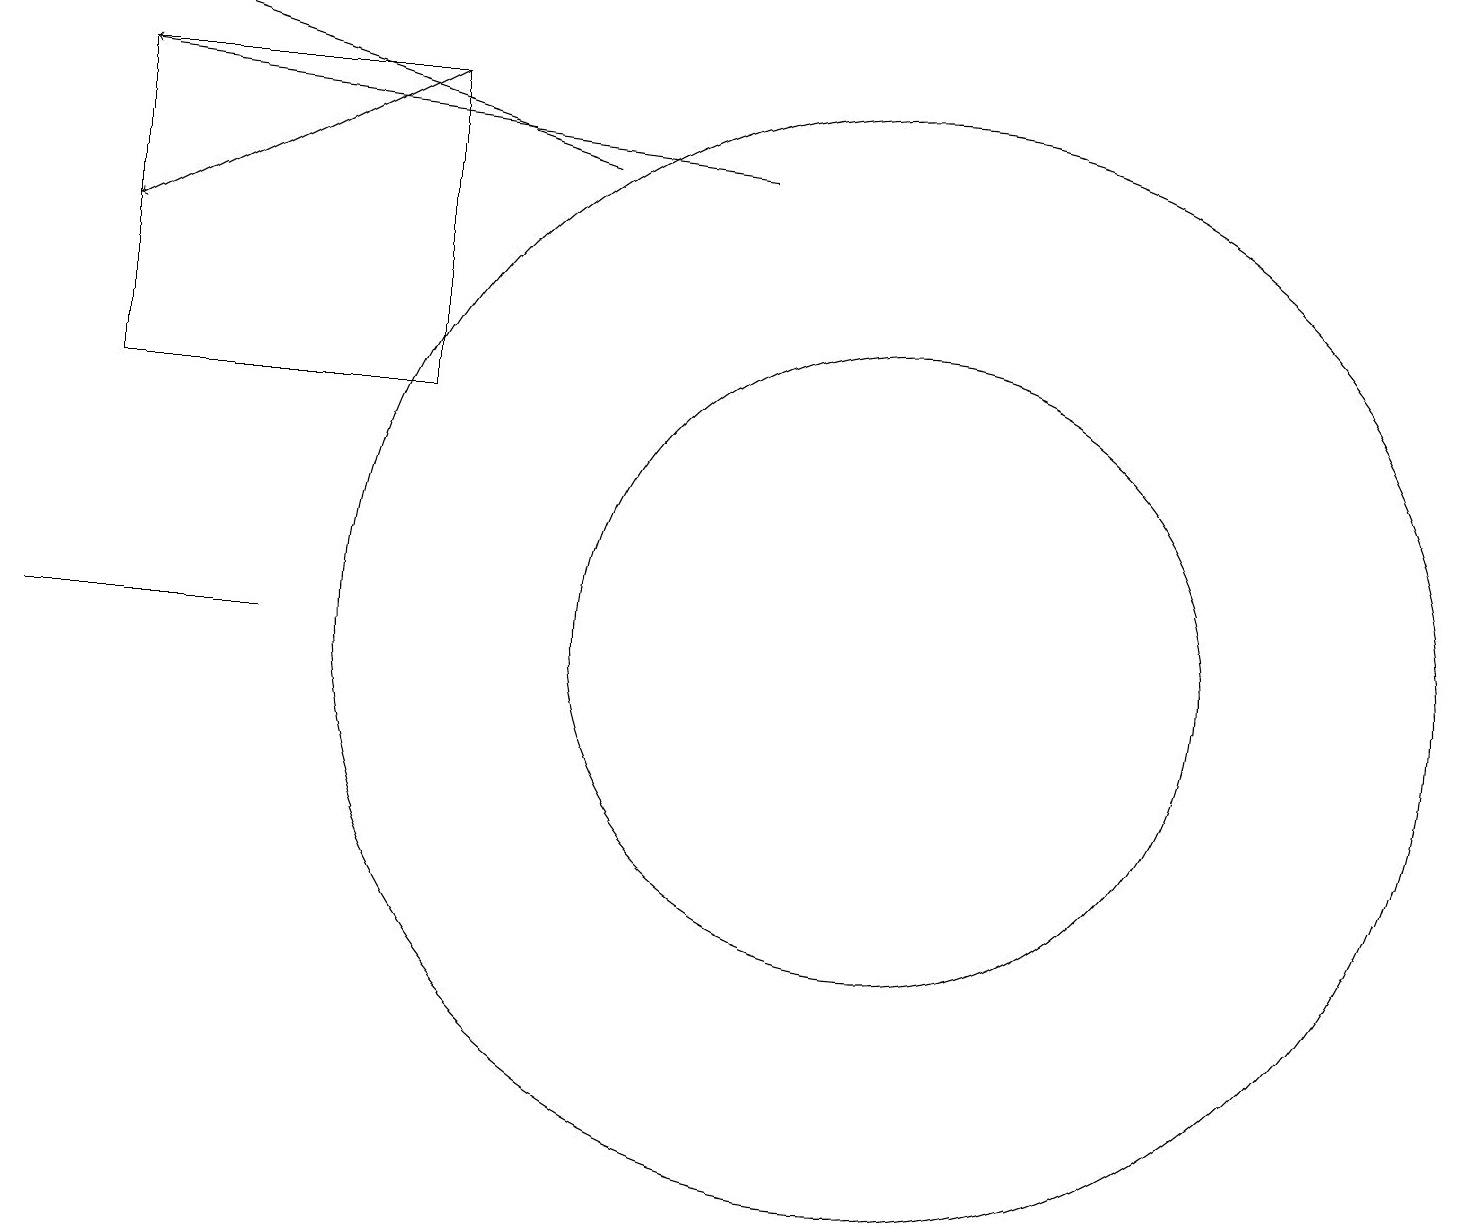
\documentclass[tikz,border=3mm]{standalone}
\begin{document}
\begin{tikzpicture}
\draw[->] (5,17) -- (1,15);
\draw (11,10) circle (4);
\draw (11,10) circle (7);
\draw[->] (7,16) -- (1,18);
\draw (1,13) rectangle (5,17);
\draw (0,10) rectangle (3,10);
\draw[->] (9,16) -- (1,17);
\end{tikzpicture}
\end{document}